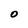
Character: O